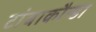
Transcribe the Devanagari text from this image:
टांबाकौन्डा